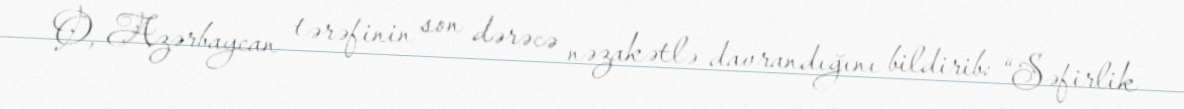
O, Azərbaycan tərəfinin son dərəcə nəzakətlə davrandığını bildirib: “Səfirlik